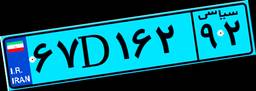
۶۷D۱۶۲۹۲